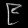
Digit: ၉